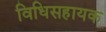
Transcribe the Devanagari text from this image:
विधिसहायक